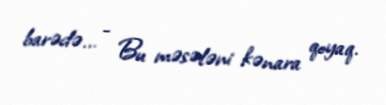
barədə... - Bu məsələni kənara qoyaq.